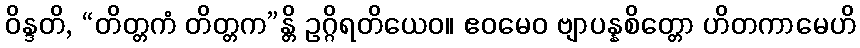
ဝိန္ဒတိ, “တိတ္တကံ တိတ္တက”န္တိ ဥဂ္ဂိရတိယေဝ။ ဧဝမေဝ ဗျာပန္နစိတ္တော ဟိတကာမေဟိ